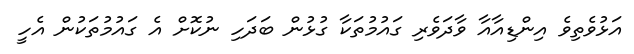
އަޅުވެތިވެ އިންޑިއާއާ ވާދަވެރި ގައުމުތަކާ ގުޅުން ބަދަހި ނުކޮށް އެ ގައުމުތަކުން އެހީ